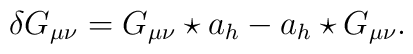
\delta G_{\mu \nu }=G_{\mu \nu }\star a_{h}-a_{h}\star G_{\mu \nu }.